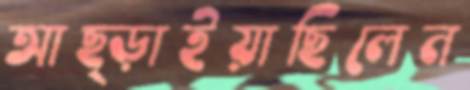
আছ্‌ড়াইয়াছিলেন